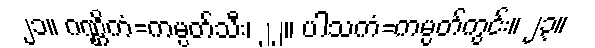
၂၁။ ဂဏ္ဌိကံ=ကမ္ပတ်သီး၊ ၂၂။ ပါသကံ=ကမ္ပတ်ကွင်း။ ၂၃။